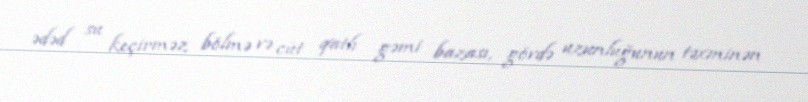
ədəd su keçirməz bölmə və cüt qatlı gəmi bazası, gövdə uzunluğunun təxminən